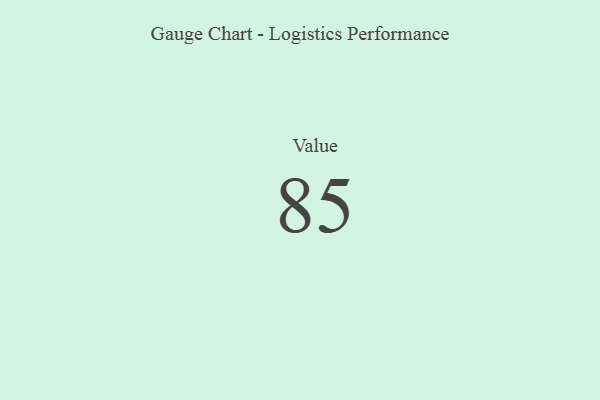
{"axis": {"x": "Metric", "y": "Value"}, "legend": [""], "data": [{"x": "Value", "y": 85, "type": ""}]}